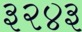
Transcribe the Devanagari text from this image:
३२४३